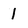
Character: 1